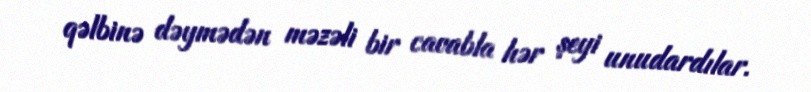
qəlbinə dəymədən məzəli bir cavabla hər şeyi unudardılar.